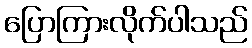
ပြောကြားလိုက်ပါသည်